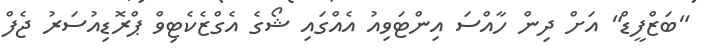
"ބަޒްފީޑް" އަށް ދިން ހާއްސަ އިންޓަވިއު އެއްގައި ޝޯގެ އެގްޒެކެޓިވް ޕްރޮޑިއުސަރު ޖެފް